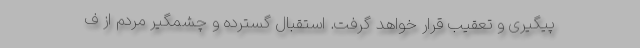
پیگیری و تعقیب قرار خواهد گرفت. استقبال گسترده و چشمگیر مردم از ف